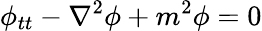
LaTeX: \phi_{tt}-\nabla^{2}\phi+m^{2}\phi=0